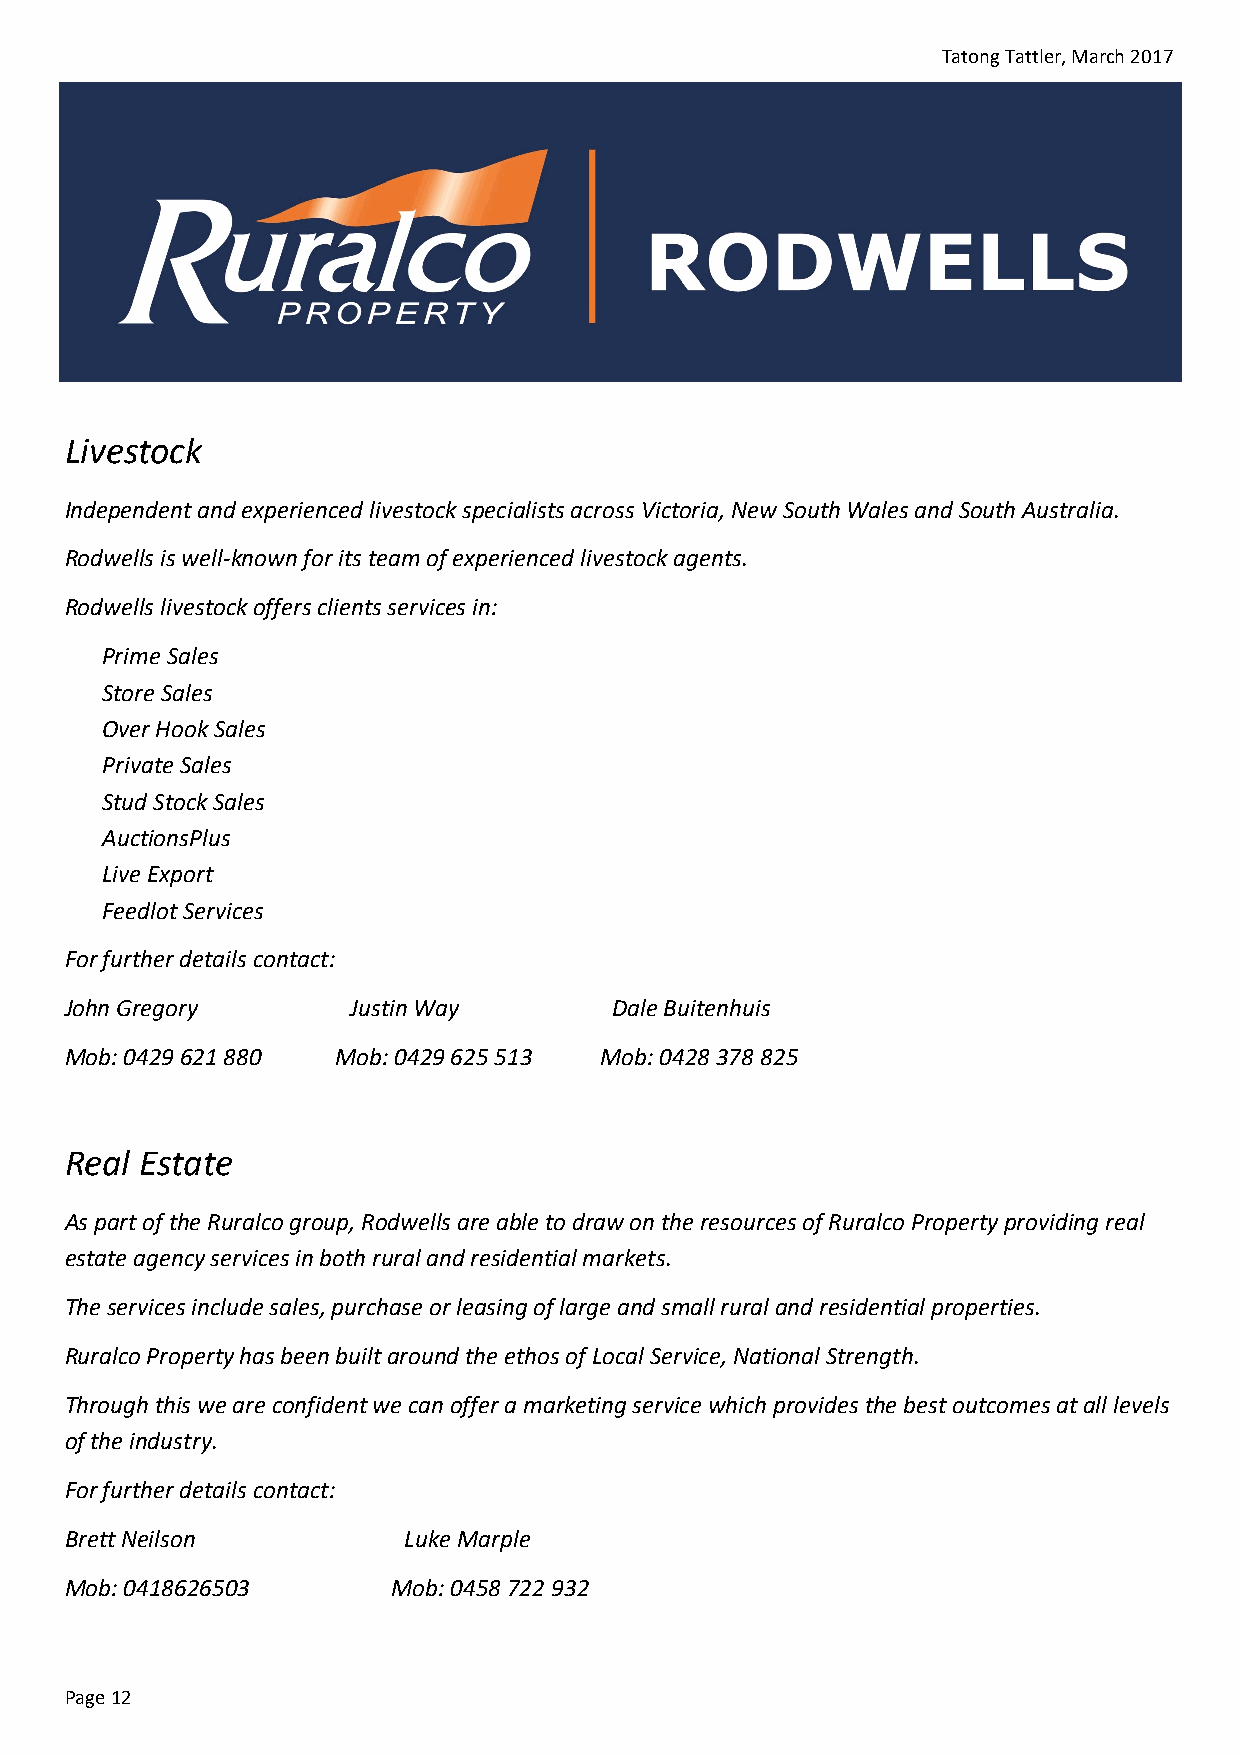
Tatong Tattler, March 2017
 Livestock
 Independent and experienced livestock specialists across Victoria, New South Wales and South Australia.
 Rodwells is well-known for its team of experienced livestock agents.
 Rodwells livestock offers clients services in:
 Prime Sales
 Store Sales
 Over Hook Sales
 Private Sales
 Stud Stock Sales
 AuctionsPlus
 Live Export
 Feedlot Services
 For further details contact:
 John Gregory       Justin Way        Dale Buitenhuis
 Mob: 0429 621 880 Mob: 0429 625 513 Mob: 0428 378 825
 Real Estate
 As part of the Ruralco group, Rodwells are able to draw on the resources of Ruralco Property providing real
 estate agency services in both rural and residential markets.
 The services include sales, purchase or leasing of large and small rural and residential properties.
 Ruralco Property has been built around the ethos of Local Service, National Strength.
 Through this we are confident we can offer a marketing service which provides the best outcomes at all levels
 of the industry.
 For further details contact:
 Brett Neilson          Luke Marple
 Mob: 0418626503       Mob: 0458 722 932
 Page 12